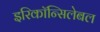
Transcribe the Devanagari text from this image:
इरिकॉन्सिलेबल